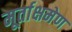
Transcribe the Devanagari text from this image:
मूर्ताक्षमेण